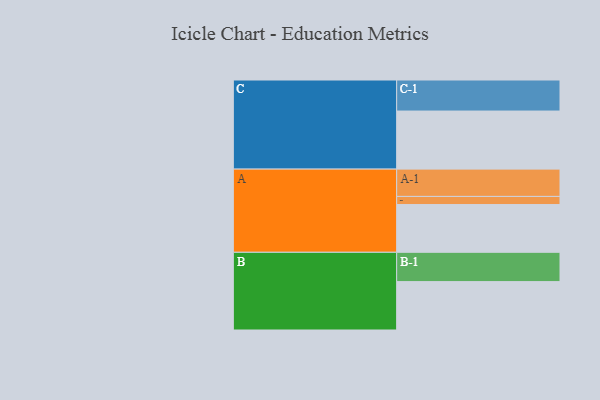
{"axis": {"x": "Segment", "y": "Value"}, "legend": ["", "A", "B", "C"], "data": [{"x": "A", "y": 331, "type": ""}, {"x": "B", "y": 335, "type": ""}, {"x": "C", "y": 402, "type": ""}, {"x": "A-1", "y": 189, "type": "A"}, {"x": "A-2", "y": 56, "type": "A"}, {"x": "B-1", "y": 203, "type": "B"}, {"x": "C-1", "y": 215, "type": "C"}]}